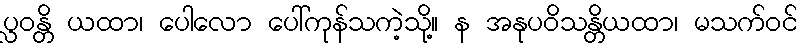
ပ္လဝန္တိ ယထာ၊ ပေါလော ပေါ်ကုန်သကဲ့သို့။ န အနုပဝိသန္တိယထာ၊ မသက်ဝင်